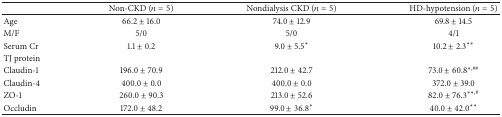
<table><thead><tr><td><b> </b></td><td><b>Non-CKD (<i>n</i> = 5)</b></td><td><b>Nondialysis CKD (<i>n</i> = 5)</b></td><td><b>HD-hypotension (<i>n</i> = 5)</b></td></tr></thead><tbody><tr><td>Age</td><td>66.2 ± 16.0</td><td>74.0 ± 12.9</td><td>69.8 ± 14.5</td></tr><tr><td>M/F</td><td>5/0</td><td>5/0</td><td>4/1</td></tr><tr><td>Serum Cr</td><td>1.1 ± 0.2</td><td>9.0 ± 5.5<sup><i>∗</i></sup></td><td>10.2 ± 2.3<sup><i>∗∗</i></sup></td></tr><tr><td>TJ protein</td><td> </td><td> </td><td> </td></tr><tr><td>Claudin-1</td><td>196.0 ± 70.9</td><td>212.0 ± 42.7</td><td>73.0 ± 60.8<sup><i>∗</i>,##</sup></td></tr><tr><td>Claudin-4</td><td>400.0 ± 0.0</td><td>400.0 ± 0.0</td><td>372.0 ± 39.0</td></tr><tr><td>ZO-1</td><td>260.0 ± 90.3</td><td>213.0 ± 52.6</td><td>82.0 ± 76.3<sup><i>∗∗</i>,#</sup></td></tr><tr><td>Occludin</td><td>172.0 ± 48.2</td><td>99.0 ± 36.8<sup><i>∗</i></sup></td><td>40.0 ± 42.0<sup><i>∗∗</i></sup></td></tr></tbody></table>